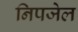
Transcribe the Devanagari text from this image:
निपजेल